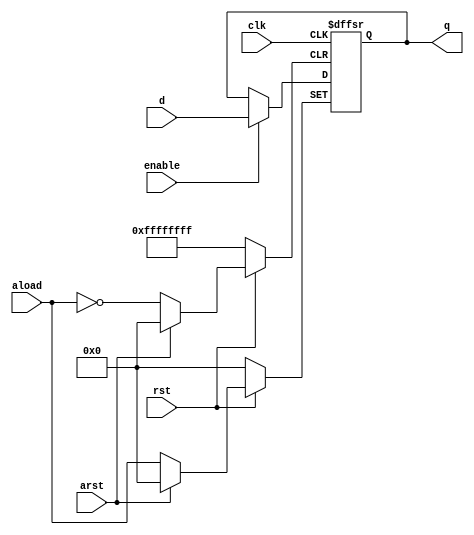
`ifndef _dffa_v_
`define _dffa_v_
// D - Flip Flop A

module dffa (d, clk, rst, enable, q, aload, arst); // synopsys template

// Ports : d, q, clk
    parameter N_BITS = 32;
    input [N_BITS - 1: 0] d, aload;
    input clk, rst, enable, arst;
    output [N_BITS - 1: 0] q;
    reg [N_BITS - 1:0] q;

 always @ (posedge clk or negedge rst or negedge arst)
 begin
    if (!rst) q <= {N_BITS{1'b0}};
    else if (!arst) q <= aload;
    else if (enable == 1) q <= d;
   end
 
endmodule // dffa
`endif